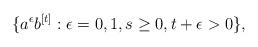
LaTeX: \begin{align*}\{a^\epsilon b^{[t]}:\epsilon=0,1,s\geq0, t+\epsilon>0\},\end{align*}